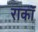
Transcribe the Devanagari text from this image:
राकॉ